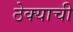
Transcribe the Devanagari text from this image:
ठेक्याची